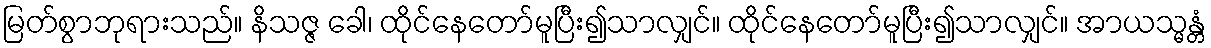
မြတ်စွာဘုရားသည်။ နိသဇ္ဇ ခေါ၊ ထိုင်နေတော်မူပြီး၍သာလျှင်။ ထိုင်နေတော်မူပြီး၍သာလျှင်။ အာယသ္မန္တံ